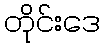
တိုင်းဒေ